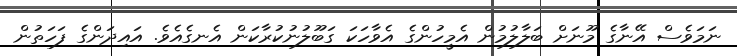
ނަމަވެސް އޭނާގެ މޫނަށް ބަލާލުމުން އެމީހުންގެ އެވާހަކަ ގަބޫލުނުކުރާކަން އެނގެއެވެ. އައިދަންގެ ފަހަތުން